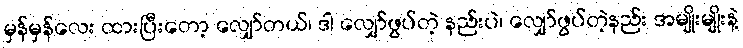
မှန်မှန်လေး ထားပြီးတော့ လျှော်တယ်၊ ဒါ လျှော်ဖွပ်တဲ့ နည်းပဲ၊ လျှော်ဖွပ်တဲ့နည်း အမျိုးမျိုးနဲ့